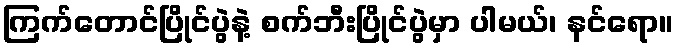
ကြက်တောင်ပြိုင်ပွဲနဲ့ စက်ဘီးပြိုင်ပွဲမှာ ပါမယ်၊ နင်ရော။